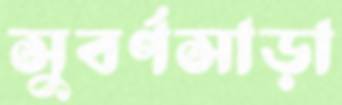
সুবর্ণসাড়া